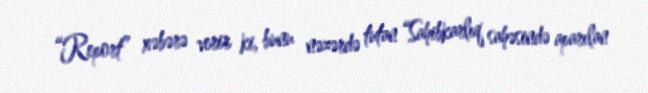
“Report” xəbərə verir ki, bunu nəzərdə tutan “Sahibkarlıq sahəsində aparılan